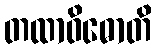
တထာဝိဓောတိ